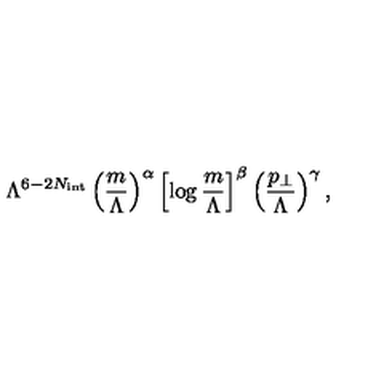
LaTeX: \Lambda ^ { 6 - 2 N _ { \mathrm { i n t } } } \left( \frac { m } { \Lambda } \right) ^ { \alpha } \left[ \log \frac { m } { \Lambda } \right] ^ { \beta } \left( \frac { p _ { \bot } } { \Lambda } \right) ^ { \gamma } ,